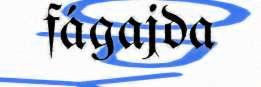
fágajda